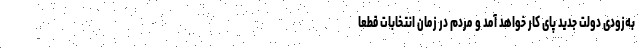
به‌زودی دولت جدید پای کار خواهد آمد و مردم در زمان انتخابات قطعاً